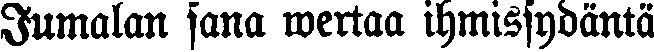
Jumalan sana wertaa ihmissydäntä